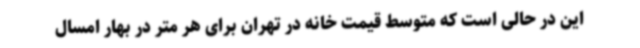
این در حالی است که متوسط قیمت خانه در تهران برای هر متر در بهار امسال